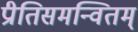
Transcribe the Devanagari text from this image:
प्रीतिसमन्वितम्